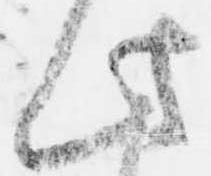
此